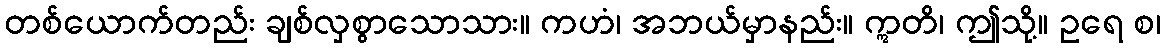
တစ်ယောက်တည်း ချစ်လှစွာသောသား။ ကဟံ၊ အဘယ်မှာနည်း။ ဣတိ၊ ဤသို့။ ဥရေ စ၊